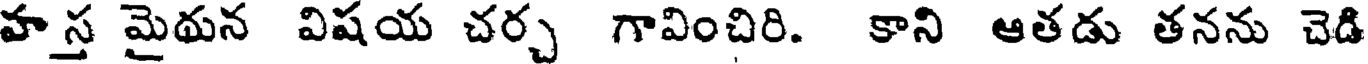
హస్త మైథున విషయ చర్చ గావించిరి. కాని ఆతడు తనను చెడి